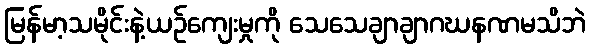
မြန်မာ့သမိုင်းနဲ့ယဉ်ကျေးမှုကို သေသေချာချာဂဃနဏမသိဘဲ